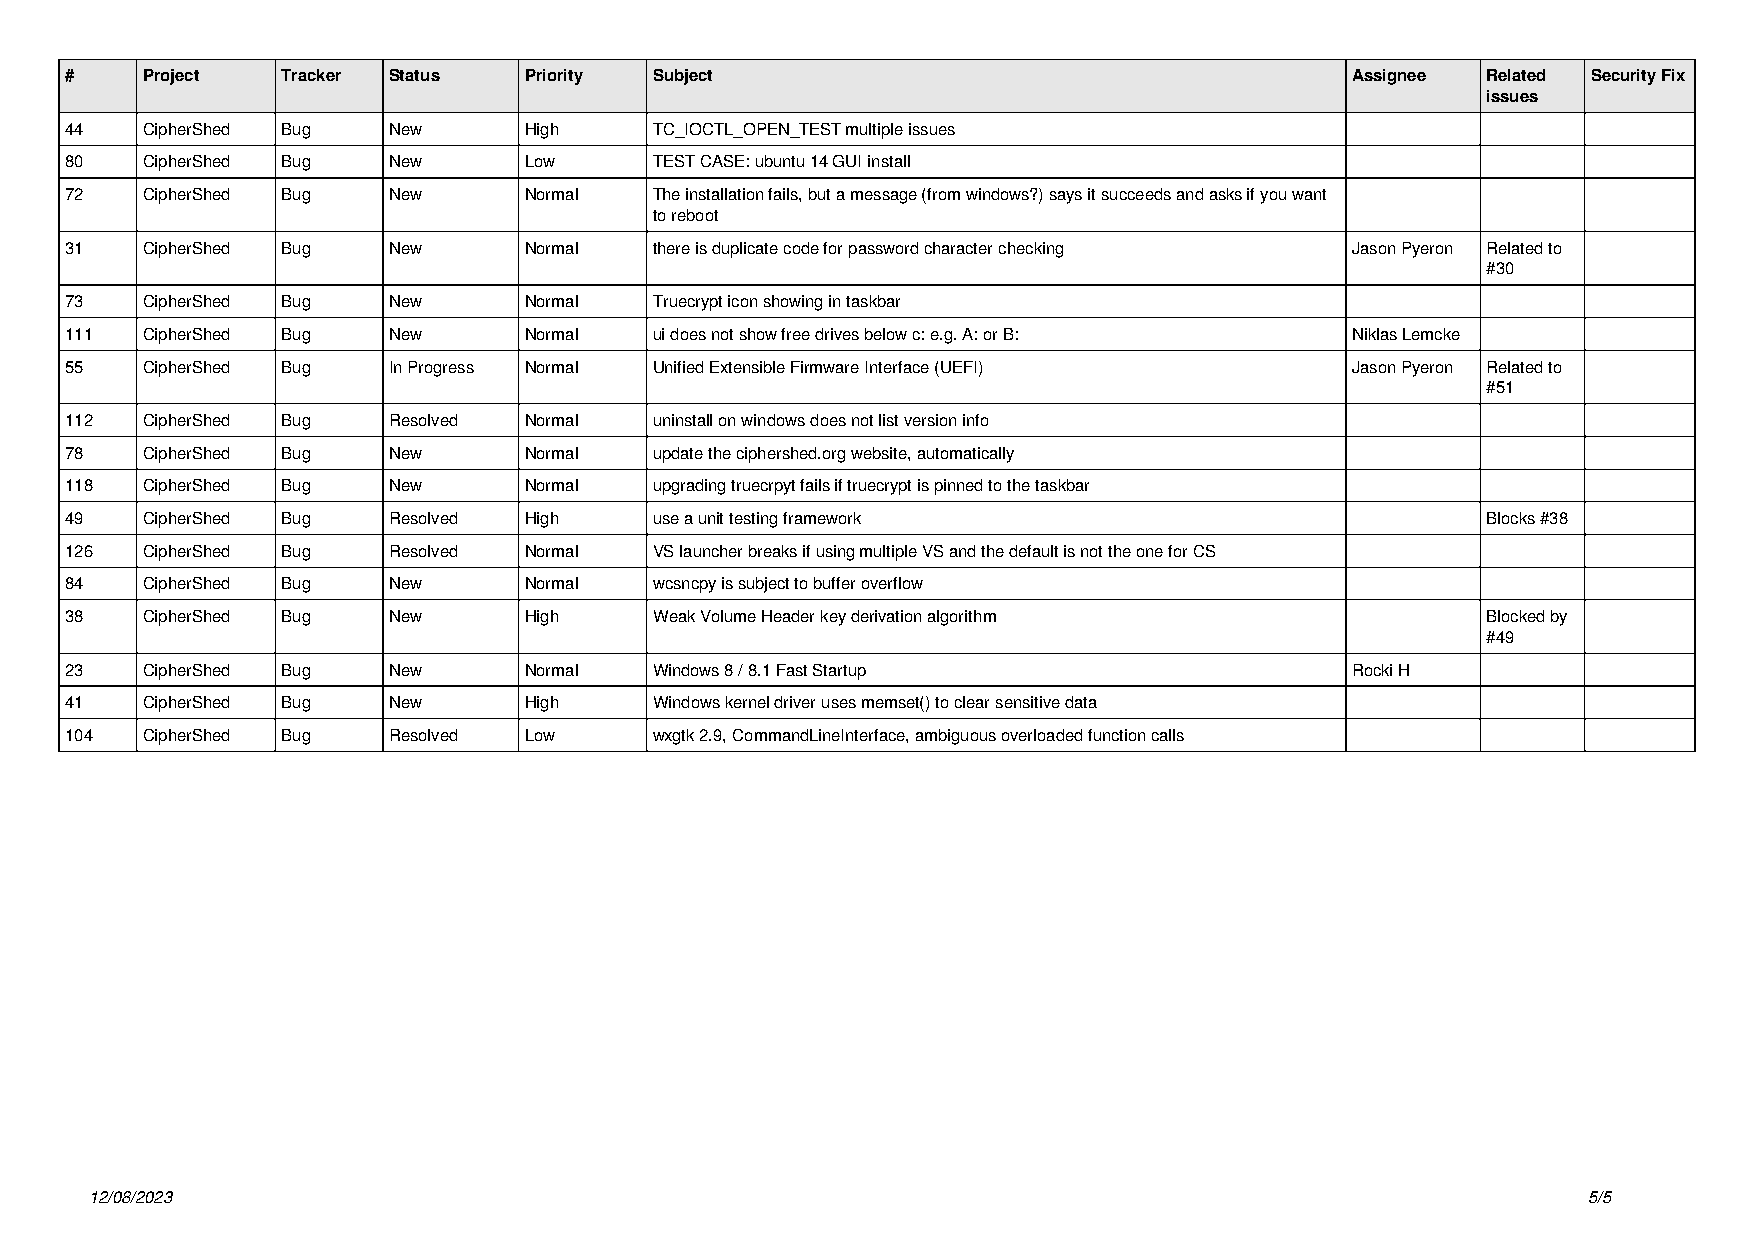
#    Project   Tracker Status  Priority Subject                                      Assignee Related Security Fix
 issues
 44   CipherShed Bug   New      High    TC_IOCTL_OPEN_TEST multiple issues
 80   CipherShed Bug   New      Low     TEST CASE: ubuntu 14 GUI install
 72   CipherShed Bug   New      Normal  The installation fails, but a message (from windows?) says it succeeds and asks if you want
 to reboot
 31   CipherShed Bug   New      Normal  there is duplicate code for password character checking Jason Pyeron Related to
 #30
 73   CipherShed Bug   New      Normal  Truecrypt icon showing in taskbar
 111  CipherShed Bug   New      Normal  ui does not show free drives below c: e.g. A: or B: Niklas Lemcke
 55   CipherShed Bug   In Progress Normal Unified Extensible Firmware Interface (UEFI) Jason Pyeron Related to
 #51
 112  CipherShed Bug   Resolved Normal  uninstall on windows does not list version info
 78   CipherShed Bug   New      Normal  update the ciphershed.org website, automatically
 118  CipherShed Bug   New      Normal  upgrading truecrpyt fails if truecrypt is pinned to the taskbar
 49   CipherShed Bug   Resolved High    use a unit testing framework                           Blocks #38
 126  CipherShed Bug   Resolved Normal  VS launcher breaks if using multiple VS and the default is not the one for CS
 84   CipherShed Bug   New      Normal  wcsncpy is subject to buffer overflow
 38   CipherShed Bug   New      High    Weak Volume Header key derivation algorithm            Blocked by
 #49
 23   CipherShed Bug   New      Normal  Windows 8 / 8.1 Fast Startup                  Rocki H
 41   CipherShed Bug   New      High    Windows kernel driver uses memset() to clear sensitive data
 104  CipherShed Bug   Resolved Low     wxgtk 2.9, CommandLineInterface, ambiguous overloaded function calls
 12/08/2023                                                                                         5/5
 Powered by TCPDF (www.tcpdf.org)